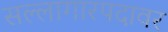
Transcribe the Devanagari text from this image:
सल्लागारपदावर